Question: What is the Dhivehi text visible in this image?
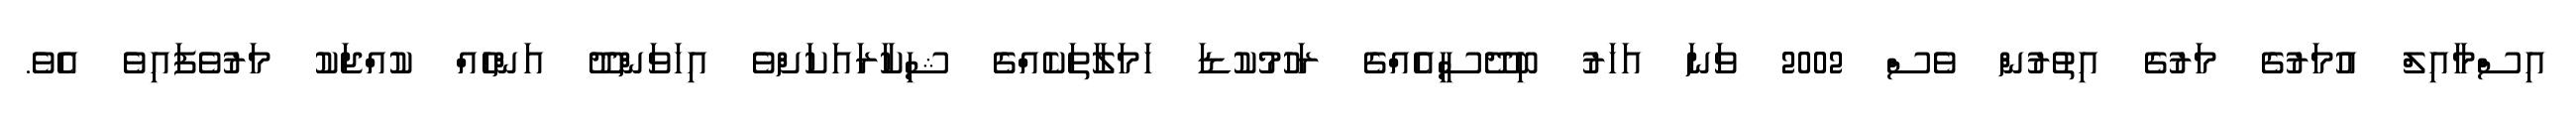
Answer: އިސްމާއިލް އުމަރުގެ މަރުގެ އިތުރުން ވެސް 2002 ވަނަ އަހަރު ބިދޭސީއެއްގެ ރަހުމުކުޑަ ހަމަލާތަކެއްގެ ޝިކާރައަކަށްވެ އިހަވަންދޫ އަންހެއް ކުއްޖަކު މަރުވެފައިވެ އެވެ.